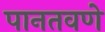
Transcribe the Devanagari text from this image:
पानतवणे